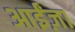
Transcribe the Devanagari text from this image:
आईंज़ा